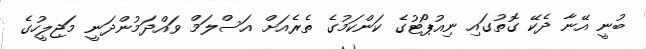
ބުނީ އޭނާ ދެކޭ ގޮތުގައި ނިއުޕޯޓުގެ ކަންކަމުގެ ތެރެއަށް އަސްލަމް ވައްދަމުންދަނީ މަޖިލީހުގެ